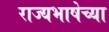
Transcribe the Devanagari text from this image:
राज्यभाषेच्या